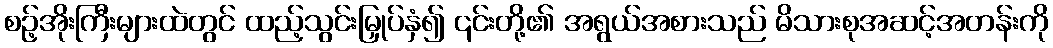
စဥ့်အိုးကြီးများထဲတွင် ထည့်သွင်းမြှုပ်နှံ၍ ၎င်းတို့၏ အရွယ်အစားသည် မိသားစုအဆင့်အတန်းကို